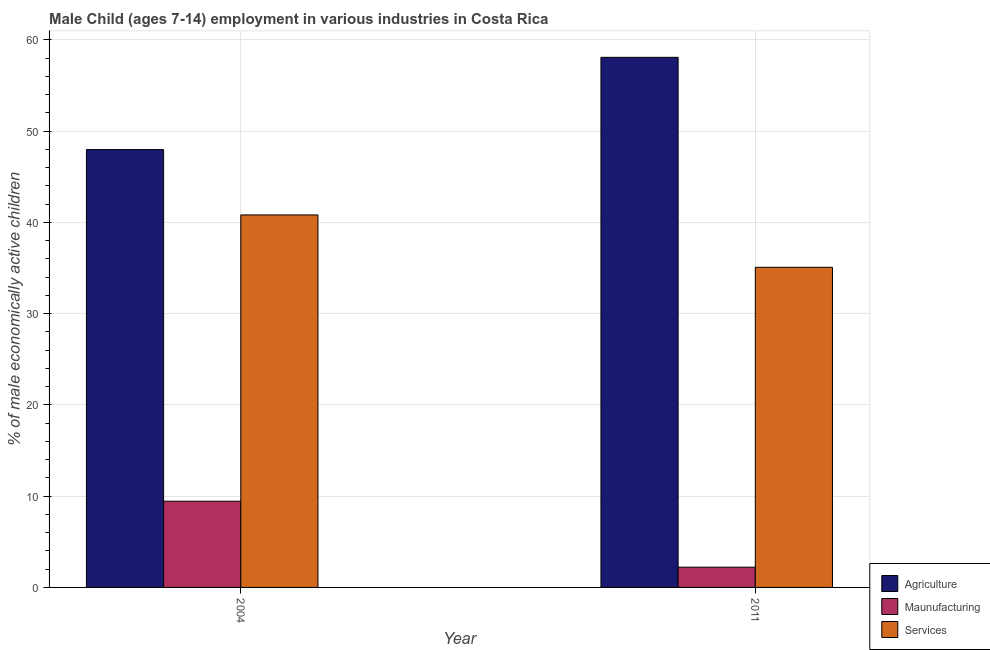
| Year | Agriculture | Maunufacturing | Services |
 | --- | --- | --- | --- |
 | 2004 | 48 | 9.45 | 40.8 |
 | 2011 | 58.1 | 2.22 | 35.1 |